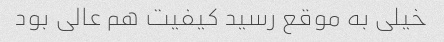
خیلی به موقع رسید کیفیت هم عالی بود